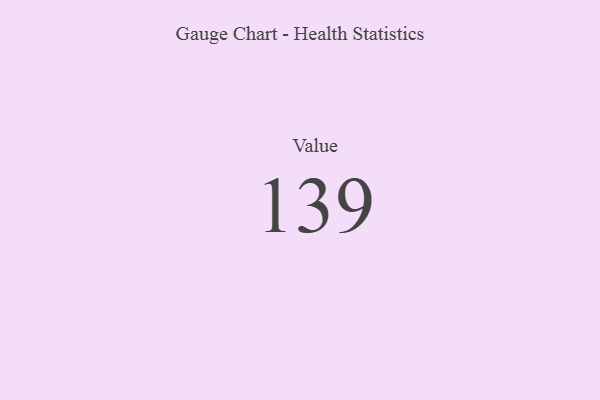
{"axis": {"x": "Metric", "y": "Value"}, "legend": [""], "data": [{"x": "Value", "y": 139, "type": ""}]}